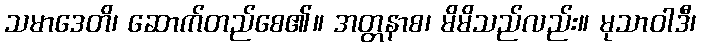
သမာဒေတိ၊ ဆောက်တည်စေ၏။ အတ္တနာစ၊ မိမိသည်လည်း။ မုသာဝါဒီ၊